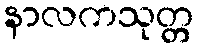
နာလကသုတ္တ